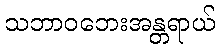
သဘာဝဘေးအန္တရာယ်